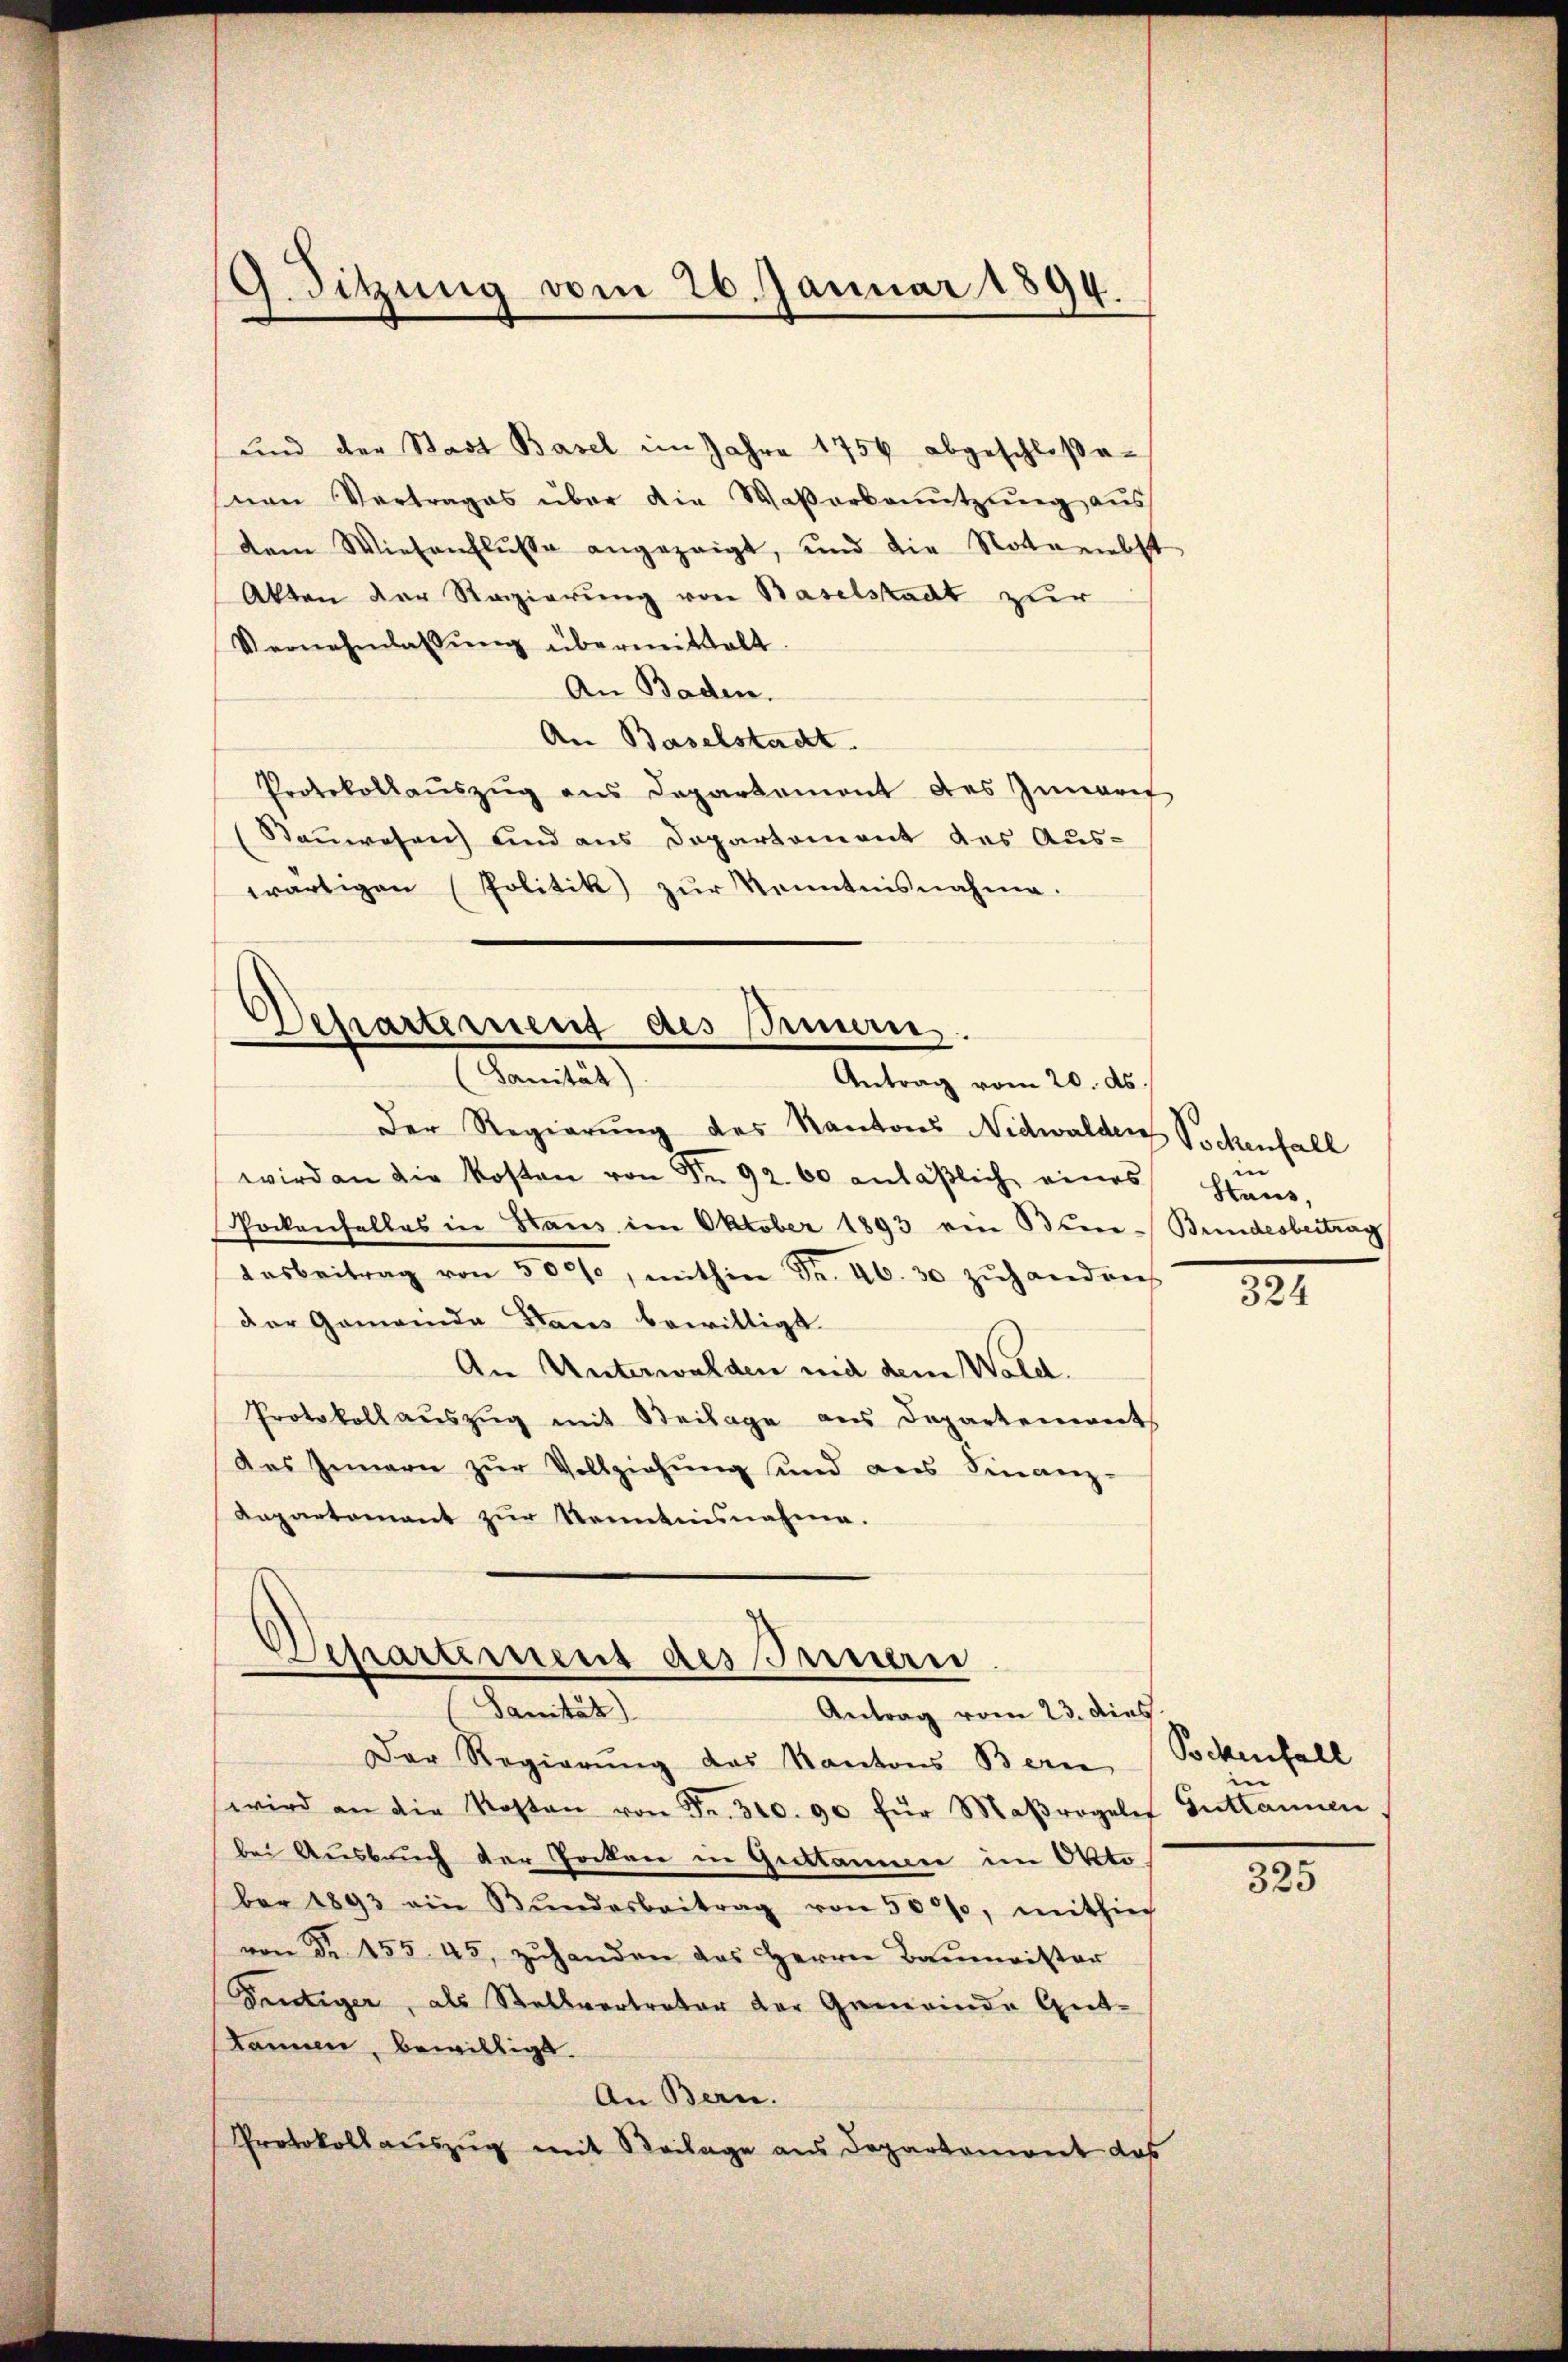
und der Stadt Basel im Jahre 1756 abgeschloßevan Vertrages über die Waßerbenŭtzŭng aus
dem Wiesenflusse angezeigt, und die Noteriebst
Akten der Regierung von Baselstadt zur
Vernehmlassŭng übermittelt.
An Baden.
An Baselstadt.
Protokollauszug aus Departement des Inneris
Sauwesen und aus Departement des Aus-
wärtigen (Politik zur Kenntnisnahme.

Der Regierung des Kantons Nidwalden Sockenfall
wird an die Kosten von Fr. 92. 60 anläβlich eines Haus,
Pockenfalles in Staus im Oktober 1893 ein Bene-Bundesbeitrag
Aasbeitrag von 5000, mithin Fr. 46. 30 zŭhandenh
der Gemeinda Stares bewilligt.
An Unterwalden mit dem Wald.
Protokoll aŭszŭg mit Beilage aus Departenwert
das Innern zŭr Vollziehŭng und ans Finanz-
Aapartement zur Kenntnisnahme.

9. Sitzung vom 26. Januar 1894.

Dehartement des Innen.
amtes
Antrag vom 20. ds.

Separtement des Innen
Sanität)
Antrag vom 23. dies

Der Regierung des Kantons Bern
wird an die Kosten von Fr. 310. 90 für Maβrogeles Guttannen
bei Ausbruch der Pocken in Gestamme im Oktober 1893 ein Bŭndesbeitrag von 500, mithing
von Fr. 455. 45, zŭhanden das Herrn Baŭmeister
Fertiger, als Stellvertreter der Gemeinde Gutkönnen, bewilligt.
An Bern.
Protokollauszug mit Beilage aus Departement das

324

Pockenfall

325